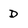
Character: D